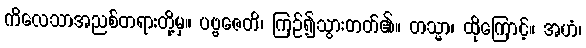
ကိလေသာအညစ်တရားတို့မှ။ ပဗ္ဗဇေတိ၊ ကြဉ်၍သွားတတ်၏။ တသ္မာ၊ ထိုကြောင့်။ အဟံ၊